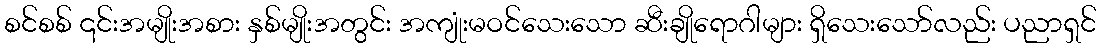
စင်စစ် ၎င်းအမျိုးအစား နှစ်မျိုးအတွင်း အကျုံးမဝင်သေးသော ဆီးချိုရောဂါများ ရှိသေးသော်လည်း ပညာရှင်